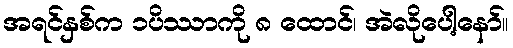
အရင်နှစ်က ၁ပိဿာကို ၈ ထောင်၊ အဲလိုပေါ့နော်။